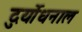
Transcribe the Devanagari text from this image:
दुर्योधनाल